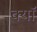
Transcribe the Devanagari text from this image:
क्यॉ